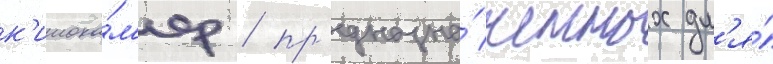
к'инока́м'ер / пр'едназна́ченных дл'я́